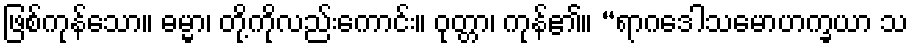
ဖြစ်ကုန်သော။ ဓမ္မာ၊ တို့ကိုလည်းကောင်း။ ဝုတ္တာ၊ ကုန်၏။ “ရာဂဒေါသမောဟက္ခယာ သ